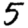
Digit: 5